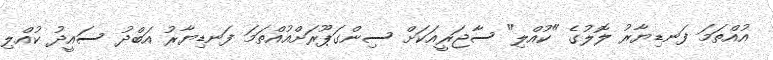
އުއްތަމަ ފަނޑިޔާރު ލޮލުގެ "ކުއްލި" ސާޖަރީއަކަށް ސިންގަޕޫރަށްއުއްތަމަ ފަނޑިޔާރު އަބްދު ސައީދު ކުއްލި